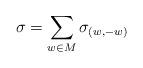
LaTeX: \begin{align*}\sigma = \sum_{w \in M} \sigma_{(w,-w)}\end{align*}